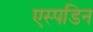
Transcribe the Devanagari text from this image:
एस्पडिन